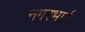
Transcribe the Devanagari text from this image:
नगरभाई